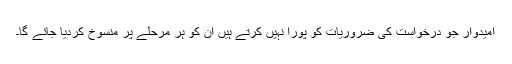
امیدوار جو درخواست کی ضروریات کو پورا نہیں کرتے ہیں ان کو ہر مرحلے پر منسوخ کردیا جائے گا۔